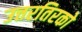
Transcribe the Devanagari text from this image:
उत्तरतिरको